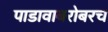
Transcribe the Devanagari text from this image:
पाडावाबरोबरच